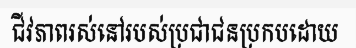
ជីវភាពរស់នៅរបស់ប្រជាជនប្រកបដោយ